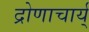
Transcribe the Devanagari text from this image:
द्रोणाचार्य्